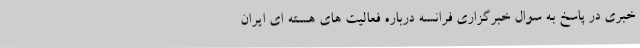
خبری در پاسخ به سوال خبرگزاری فرانسه درباره فعالیت های هسته ای ایران